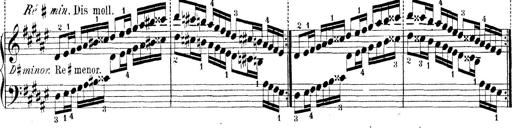
Title: Technische Studien
Composer: Franz Liszt